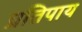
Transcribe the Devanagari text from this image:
प्रतिपाय